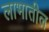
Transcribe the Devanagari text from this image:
लाभातील